Indian journal of veterinary science and animal husbandry - Volumes 24-25, 1954-1955
Year: 1954
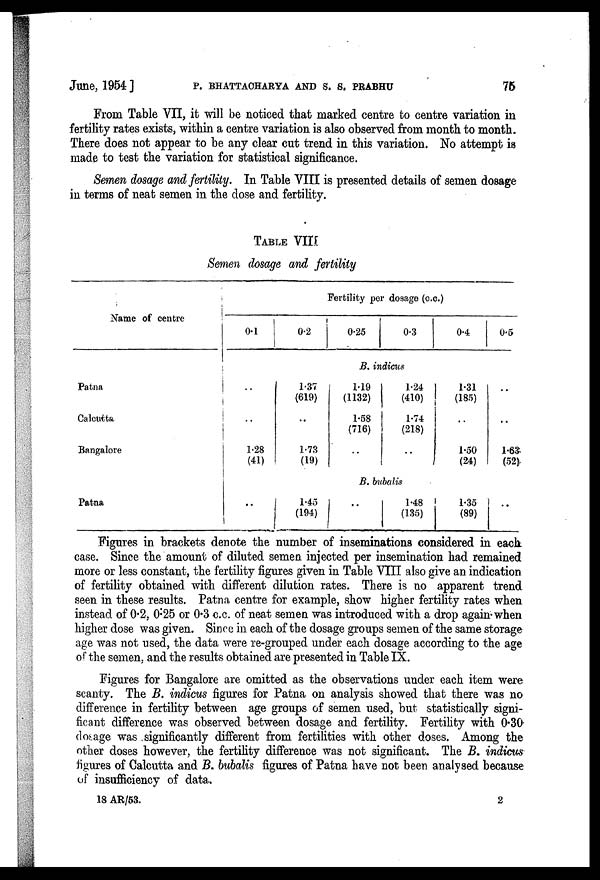
June, 1954] P. BHATTACHARYA AND S. S. PRABHU 75
From Table VII, it will be noticed that marked centre to centre variation in
fertility rates exists, within a centre variation is also observed from month to month.
There does not appear to be any clear cut trend in this variation. No attempt is
made to test the variation for statistical significance.
Semen dosage and fertility. In Table VIII is presented details of semen dosage
in terms of neat semen in the dose and fertility.
TABLE VIII
Semen dosage and fertility
Name of centre
Fertility per dosage (c.c.)
0.1
0.2
0.25
0.3
0.4
0.5
B. indicus
Patna
Calcutta
Bangalore
..
..
1.28
(41)
1.37
(619)
..
1.73
(19)
1.19
(1132)
1.58
(716)
..
1.24
(410)
1.74
(218)
..
1.31
(185)
..
1.50
(24)
..
..
1.63
(52)
B. bubalis
Patna
..
1.45
(194)
..
1.48
(135)
1.35
(89)
..
Figures in brackets denote the number of inseminations considered in each
case. Since the amount of diluted semen injected per insemination had remained
more or less constant, the fertility figures given in Table VIII also give an indication
of fertility obtained with different dilution rates. There is no apparent trend
seen in these results. Patna, centre for example, show higher fertility rates when
instead of 0.2, 0.25 or 0.3 c.c. of neat semen was introduced with a drop again when
higher dose was given. Since in each of the dosage groups semen of the same storage
age was not used, the data were re-grouped under each dosage according to the age
of the semen, and the results obtained are presented in Table IX.
Figures for Bangalore are omitted as the observations under each item were
scanty. The B. indicus figures for Patna on analysis showed that there was no
difference in fertility between age groups of semen used, but statistically signi-
ficant difference was observed between dosage and fertility. Fertility with 0.30
dosage was significantly different from fertilities with other doses. Among the
other doses however, the fertility difference was not significant. The B. indicus
figures of Calcutta and B. bubalis figures of Patna have not been analysed because
of insufficiency of data.
18 AR/53.
2